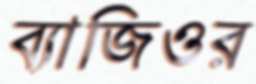
ব্যাজিওর